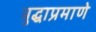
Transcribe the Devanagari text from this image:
बुद्धाप्रमाणे